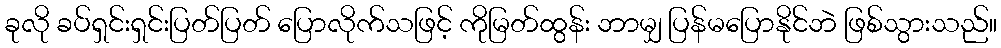
ခုလို ခပ်ရှင်းရှင်းပြတ်ပြတ် ပြောလိုက်သဖြင့် ကိုမြတ်ထွန်း ဘာမျှ ပြန်မပြောနိုင်ဘဲ ဖြစ်သွားသည်။